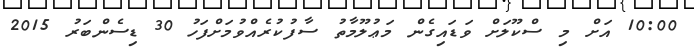
10:00 އަށް މި ސްކޫލަށް ވަޑައިގެން މަޢުލޫމާތު ސާފުކުރެއްވުމަށްފަހު 30 ޑިސެންބަރު 2015